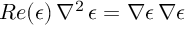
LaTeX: R e ( \epsilon ) \, \nabla ^ { 2 } \, \epsilon = \nabla \epsilon \, \nabla \epsilon